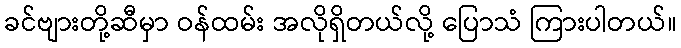
ခင်ဗျားတို့ဆီမှာ ဝန်ထမ်း အလိုရှိတယ်လို့ ပြောသံ ကြားပါတယ်။